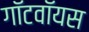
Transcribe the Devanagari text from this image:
गॉटवॉयस